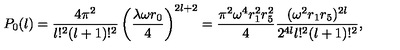
P _ { 0 } ( l ) = \frac { 4 \pi ^ { 2 } } { l ! ^ { 2 } ( l + 1 ) ! ^ { 2 } } \left( \frac { \lambda \omega r _ { 0 } } { 4 } \right) ^ { 2 l + 2 } = \frac { \pi ^ { 2 } \omega ^ { 4 } r _ { 1 } ^ { 2 } r _ { 5 } ^ { 2 } } { 4 } \frac { ( \omega ^ { 2 } r _ { 1 } r _ { 5 } ) ^ { 2 l } } { 2 ^ { 4 l } l ! ^ { 2 } ( l + 1 ) ! ^ { 2 } } ,